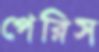
পেরিস